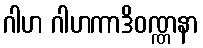
ဂါဟ ဂါဟကာဒိဝဏ္ဏနာ